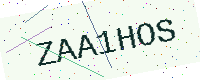
Text: ZAA1HOS